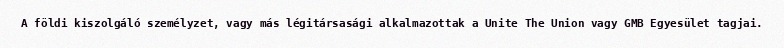
A földi kiszolgáló személyzet, vagy más légitársasági alkalmazottak a Unite The Union vagy GMB Egyesület tagjai.